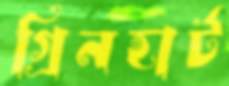
গ্রিনহার্ট